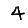
Digit: 4